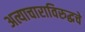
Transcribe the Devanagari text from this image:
अत्याचाराविरुद्धचे